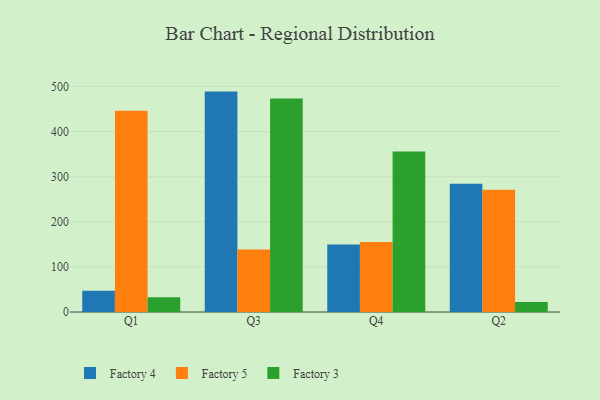
{"axis": {"x": "Quarter", "y": "LTV (USD)"}, "legend": ["Factory 3", "Factory 4", "Factory 5"], "data": [{"x": "Q1", "y": 47.0, "type": "Factory 4"}, {"x": "Q1", "y": 446.3, "type": "Factory 5"}, {"x": "Q1", "y": 32.9, "type": "Factory 3"}, {"x": "Q3", "y": 488.7, "type": "Factory 4"}, {"x": "Q3", "y": 138.8, "type": "Factory 5"}, {"x": "Q3", "y": 473.2, "type": "Factory 3"}, {"x": "Q4", "y": 149.4, "type": "Factory 4"}, {"x": "Q4", "y": 155.3, "type": "Factory 5"}, {"x": "Q4", "y": 356.0, "type": "Factory 3"}, {"x": "Q2", "y": 284.5, "type": "Factory 4"}, {"x": "Q2", "y": 271.2, "type": "Factory 5"}, {"x": "Q2", "y": 22.4, "type": "Factory 3"}]}